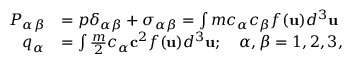
\begin{array} { r l } { P _ { \alpha \beta } } & { = p \delta _ { \alpha \beta } + \sigma _ { \alpha \beta } = \int m c _ { \alpha } c _ { \beta } f ( \mathbf { u } ) d ^ { 3 } \mathbf { u } } \\ { q _ { \alpha } } & { = \int \frac { m } { 2 } c _ { \alpha } \mathbf { c } ^ { 2 } f ( \mathbf { u } ) d ^ { 3 } \mathbf { u } ; \quad \alpha , \beta = 1 , 2 , 3 , } \end{array}